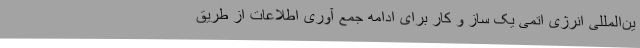
ین‌المللی انرژی اتمی یک ساز و کار برای ادامه جمع آوری اطلاعات از طریق